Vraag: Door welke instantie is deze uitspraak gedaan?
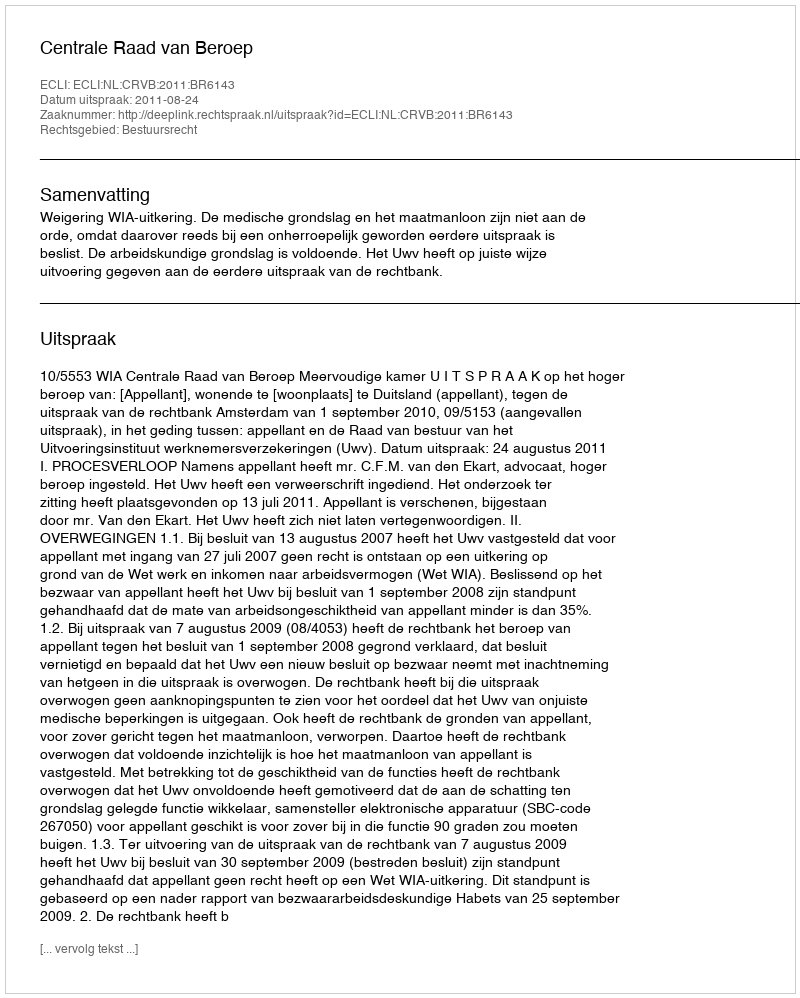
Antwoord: Centrale Raad van Beroep